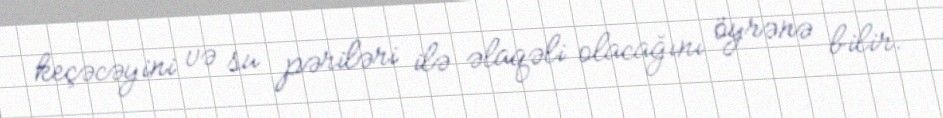
keçəcəyini və su pəriləri ilə əlaqəli olacağını öyrənə bilir.